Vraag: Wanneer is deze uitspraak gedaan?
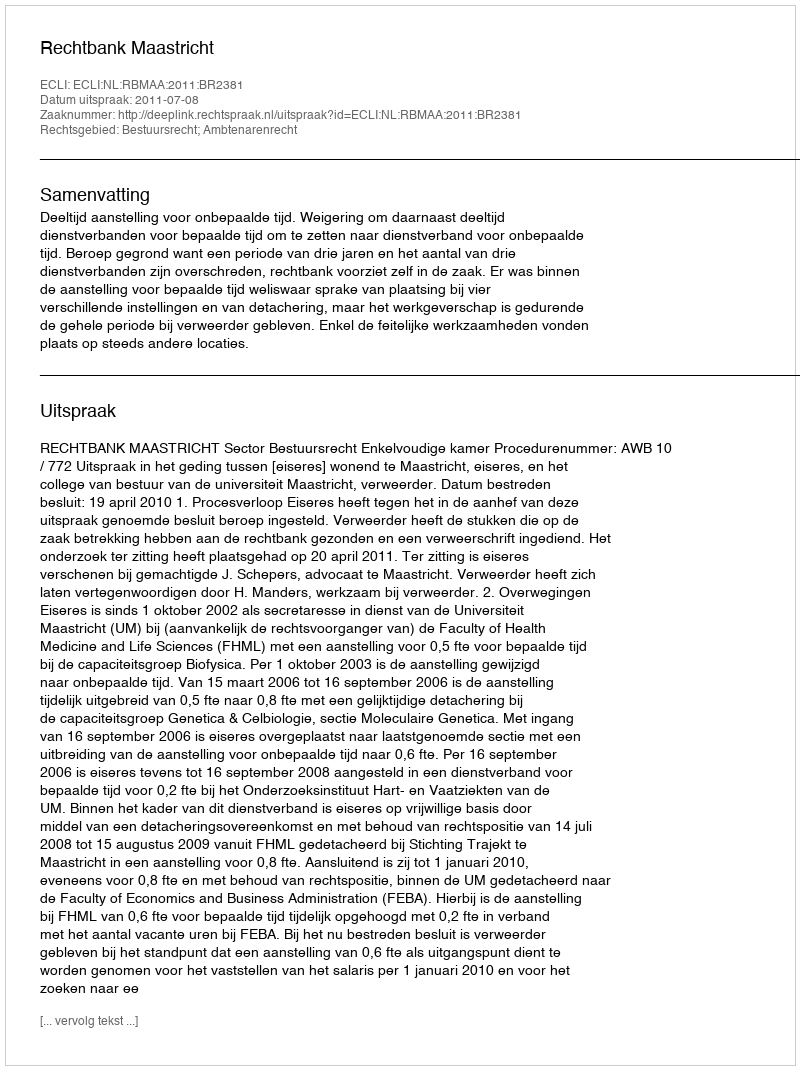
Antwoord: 2011-07-08